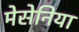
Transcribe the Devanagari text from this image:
मेसेनिया